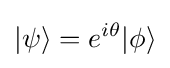
|\psi \rangle =e^{i\theta }|\phi \rangle